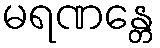
မရဏန္တေ